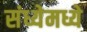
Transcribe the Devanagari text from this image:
संध्येमध्ये